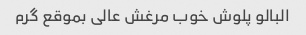
البالو پلوش خوب مرغش عالی بموقع گرم